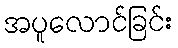
အပူလောင်ခြင်း